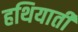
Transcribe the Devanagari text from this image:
हथियाती